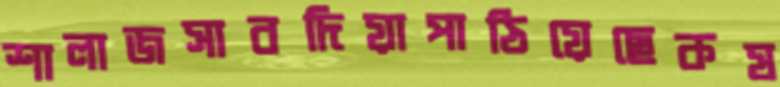
শালাজসাবদিয়াপাঠিয়েছেকষ